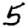
Digit: 5